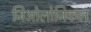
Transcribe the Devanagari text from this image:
जिओलोजिकल